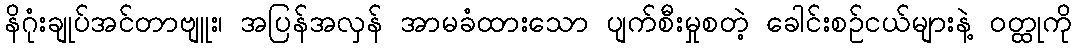
နိဂုံးချုပ်အင်တာဗျူး၊ အပြန်အလှန် အာမခံထားသော ပျက်စီးမှုစတဲ့ ခေါင်းစဉ်ငယ်များနဲ့ ဝတ္ထုကို